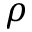
\rho